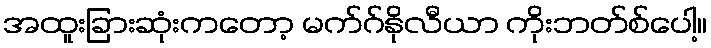
အထူးခြားဆုံးကတော့ မက်ဂ်နိုလီယာ ကိုးဘတ်စ်ပေါ့။